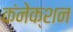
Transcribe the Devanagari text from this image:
कंनेक्शन